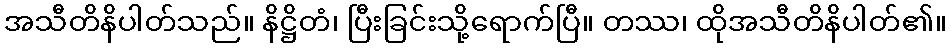
အသီတိနိပါတ်သည်။ နိဋ္ဌိတံ၊ ပြီးခြင်းသို့ရောက်ပြီ။ တဿ၊ ထိုအသီတိနိပါတ်၏။